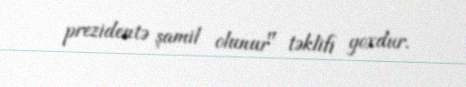
prezidentə şamil olunur" təklifi yoxdur.